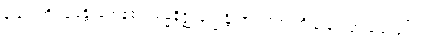
ရှုခြင်းကို။ ခမန္တိ၊ ခံကုန်၏။ ဓမ္မနိဇ္ဈာနက္ခန္တိယာ၊ တရားကို ရှုခြင်းငှာ ခံ့သဖြင့်။ ဝါ၊